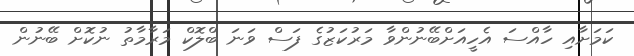
ކަމަށާއި ހާއްސަ އެހީއަށްބޭނުންވާ މަރުކަޒުގެ ފަސް ވަނަ ބްލޮކް މަރާމާތު ނުކޮށް ބޭނުން